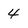
Character: 4